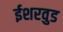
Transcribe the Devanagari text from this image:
ईशरवुड